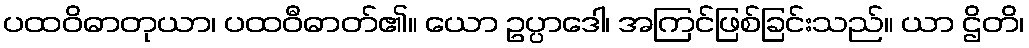
ပထဝိဓာတုယာ၊ ပထဝီဓာတ်၏။ ယော ဥပ္ပာဒေါ၊ အကြင်ဖြစ်ခြင်းသည်။ ယာ ဌိတိ၊